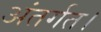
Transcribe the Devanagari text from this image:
अंतर्गत।